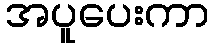
အပူပေးကာ